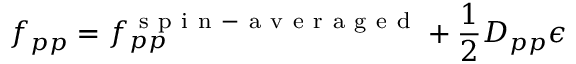
f _ { p p } = f _ { p p } ^ { \mathrm { ~ s ~ p ~ i ~ n ~ - ~ a ~ v ~ e ~ r ~ a ~ g ~ e ~ d ~ } } + \frac { 1 } { 2 } D _ { p p } \epsilon